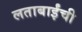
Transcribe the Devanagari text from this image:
लताबाईंची